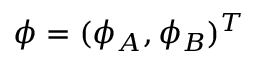
{ \phi } = ( \phi _ { A } , \phi _ { B } ) ^ { T }